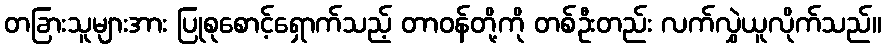
တခြားသူများအား ပြုစုစောင့်ရှောက်သည့် တာဝန်တို့ကို တစ်ဦးတည်း လက်လွှဲယူလိုက်သည်။